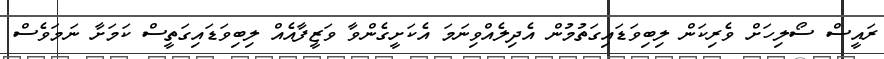
ރައީސް ސޯލިހަށް ވެރިކަން ލިބިވަޑައިގަތުމުން އެދިލެއްވިނަމަ އެކަށީގެންވާ ވަޒީފާއެއް ލިބިވަޑަައިގަތީސް ކަމަށާ ނަމަވެސް